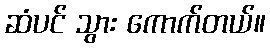
ဆံပင် သွား ကောက်တယ်။